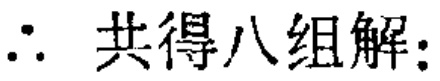
$\therefore$ 共得八组解：